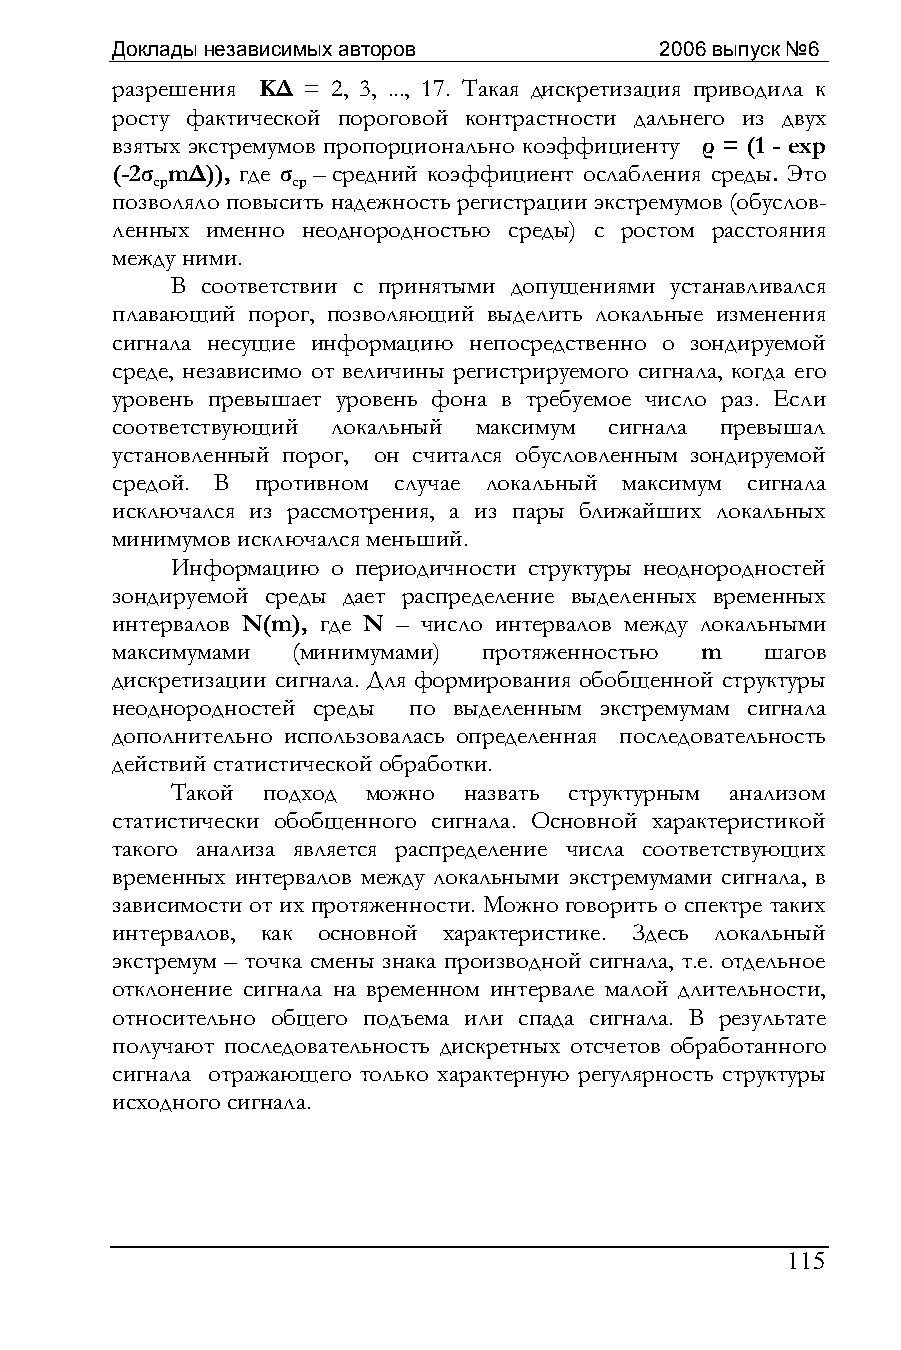
Доклады независимых авторов          2006 выпуск №6
 разрешения K∆ = 2, 3, ..., 17. Такая дискретизация приводила к
 росту фактической пороговой контрастности дальнего из двух
 взятых экстремумов пропорционально коэффициенту ρ = (1 - ехр
 (-2σ m∆)), где σ –средний коэффициент ослабления среды. Это
 ср       ср
 позволяло повысить надежность регистрации экстремумов (обуслов-
 ленных именно неоднородностью среды) с ростом расстояния
 между ними.
 В соответствии с принятыми допущениями устанавливался
 плавающий порог, позволяющий выделить локальные изменения
 сигнала несущие информацию непосредственно о зондируемой
 среде, независимо от величины регистрируемого сигнала, когда его
 уровень превышает уровень фона в требуемое число раз. Если
 соответствующий локальный максимум сигнала превышал
 установленный порог, он считался обусловленным зондируемой
 средой. В противном случае локальный максимум сигнала
 исключался из рассмотрения, а из пары ближайших локальных
 минимумов исключался меньший.
 Информацию о периодичности структуры неоднородностей
 зондируемой среды дает распределение выделенных временных
 интервалов N(m), где N – число интервалов между локальными
 максимумами (минимумами) протяженностью m   шагов
 дискретизации сигнала. Для формирования обобщенной структуры
 неоднородностей среды по выделенным экстремумам сигнала
 дополнительно использовалась определенная последовательность
 действий статистической обработки.
 Такой подход можно  назвать структурным анализом
 статистически обобщенного сигнала. Основной характеристикой
 такого анализа является распределение числа соответствующих
 временных интервалов между локальными экстремумами сигнала, в
 зависимости от их протяженности. Можно говорить о спектре таких
 интервалов, как основной характеристике. Здесь локальный
 экстремум – точка смены знака производной сигнала, т.е. отдельное
 отклонение сигнала на временном интервале малой длительности,
 относительно общего подъема или спада сигнала. В результате
 получают последовательность дискретных отсчетов обработанного
 сигнала отражающего только характерную регулярность структуры
 исходного сигнала.
 115